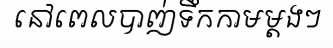
នៅពេលបាញ់ទឹកកាមម្តងៗ